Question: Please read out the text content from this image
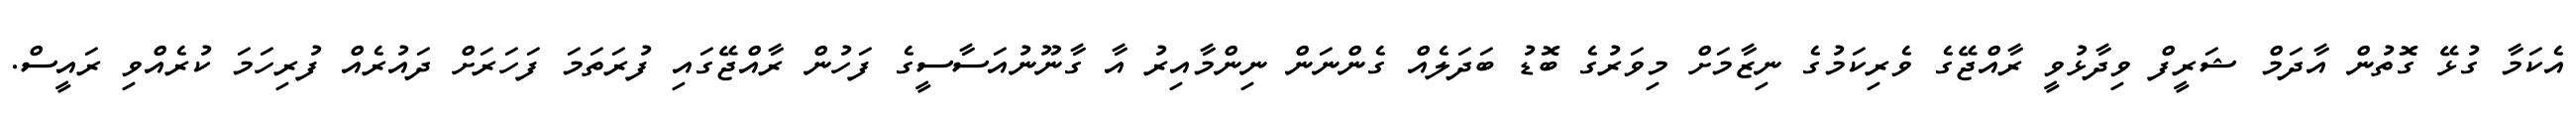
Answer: އެކަމާ ގުޅޭ ގޮތުން އާދަމް ޝަރީފް ވިދާޅުވީ ރާއްޖޭގެ ވެރިކަމުގެ ނިޒާމަށް މިވަރުގެ ބޮޑު ބަދަލެއް ގެންނަން ނިންމާއިރު އާ ގާނޫނުއަސާސީގެ ފަހުން ރާއްޖޭގައި ފުރަތަމަ ފަހަރަށް ދައުރެއް ފުރިހަމަ ކުރެއްވި ރައީސް.